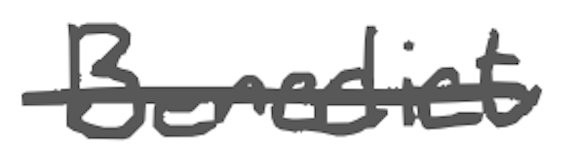
Text: Benedict
Cross-out: single-line
Writing tool: digital_gray